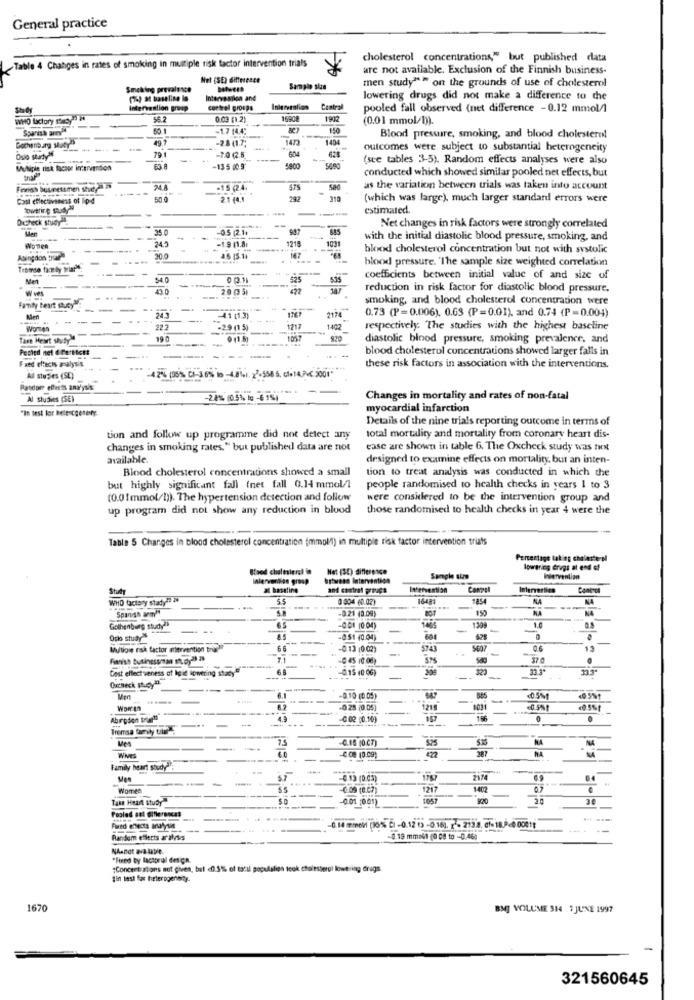
General practice
cholesterol concentrations," but published data
Table 4 Changes in rates of smoking in multiple risk factor intervention trials
are not available. Exclusion of the Finnish business-
Nel (SE) difference
men study"" " on the grounds of use of cholesterol
Smoking prevalence
Sample size
Intervention and
lowering drugs did not make a difference to the
Intervention group
cortrel groups
Interesalion
Central
pooled fall observed (net difference - 0.12 mmol/l
WHO factory stacy
56.2
0.03 (1.2)
16908
(0.01 mmol/l)).
Spanish arey!"
-1.7 14.4:
150
49.
-28 (1.7;
-
147
1404
Blood pressure, smoking, and blood cholesterol
---
outcomes were subject to substantial heterogeneity
Oslo starty"
79.
-70 Q.5.
604
(see tables 3-5). Random effects analyses were also
Multiple risk factor intervention
-13 5 00 9;
conducted which showed similar pooled net effects, but
Finish businessmen sheyla
-15 (24.
575
as the variation between trials was taken into account
Cost effectiveness of lipid
2.1 44,1
292
310
(which was large), much larger standard errors were
estimated.
Ocheck study
35.0
05 211
Net changes in risk factors were strongly correlated
345
---
1218
1031
with the initial diastolic blood pressure, smoking, and
WOTIER
-19 11.81
blood cholesterol concentration but not with systolic
Asingdon trin
30.0
-
147
blood pressure. 'The sample size weighted correlation
Tromso family trial".
-
Ment
54.0
525
coefficients between initial value of and size of
W ves
20 (3 5%
reduction in risk factor for diastolic blood pressure,
Family heart suey !!!
---.
smoking, and blood cholesterol concentration were
241
0.73 (P=0.006), 0.63 (P=0.01), and 0.74 (P=0.004)
---
4.1 (1.3)
2174
Worten
22.2
-29 (1 5)
1217
1402
respectively. The studies with the highest baseline
Taxe Heart shutya!
19 0
0 (1.5)
diastolic blood pressure, smoking prevalener, and
Pected net differtictt
blood cholesterol concentrations showed larger falls in
Fred efects aralysis
... .
these risk factors in association with the interventions.
Al studies (SE)
-4 2% (08) C)-16%, 10 -4.8. 2-558 5. cl.14 PM 2001
Randor effects analysis
Al studies (SE)
-20% (05% 10-6751
Changes in mortality and rates of non-fatal
"In test lor Belencgenery
myocardial infarction
Details of the nine trials reporting outcome in terms of
tion and follow up programme did not detect any
total mortality and mortality from coronary heart dis-
changes in smoking rates." but published data are not
ease are shown in table 6. The Oxcheck study was not
available
designed to examine effects on mortality, but an inten-
Binod cholesterol concentrations showed a small
tion to treat analysis was conducted in which the
but highly significant fall (net fall 0.14 mmol/l
people randomised to health checks in years 1 to 3
(0.01mmol/l)). The hypertension detection and follow
were considered to be the intervention group and
up program did not show any reduction in blood
those randomised to health checks in year 4 were the
Table 5 Changes in blood cholesterol concentration (mmol/l) in multiple risk factor intervention triats
Percentage taking cholesterol
Blood chaltalerel in
Net (SE) difference
lowering drugs at end of
Intervention group
brbvens Intervention
Sample size
Wervention
Study
al baseline
and contrat proves
WHO factory stady
5.5
3 804 (0.02)
16481
1854
NA
NA
-0.21 (0.09)
--
Gothenburg study
65
001 (0:04)
-
1309
Oslo study
-051 (0.04)
625
Mulige risk factor mervention tria
66
0.13 (0.02)
5743
0.6
Finnish businessman st.py28 28
71
Cost effectiveness of Igie lowering stacy
0.15 40 06)
122
Ourneck pucy".
Men
.-...
-0.10 (0 05)
-.
<0.5%1
-0 28 20 05)
1218
Abingdon trarti
-₲ 02 (0.10)
167
Tremsa family ultr".
Ves
75
0.18 (0 CT)
RA
-
60
472
NA
WINES
-4.08 10.09)
Family heart study:
-
5.7
-0 13 (0 03)
1787
2174
.
Women
1217
1402
.
Take Heart Study
-001 :001)
30
----
Fred effects analysis
-0.14 mmol (16% ci -0.12 03 -0.16), 1 - 213 8, @f- 18.0c0 00818
Random ellerts aralysis
-0.19 mmolt (0 08 to -0,460
NAspot ailable.
"Fixed by lactorol design.
"Concentrations not given, but <0.51% of tatil poçalaliga took cholesterol lowering drugs
Bin test for heterogeneity-
1670
BMJ VOLUME 314 1 JUNE 1997
321560645